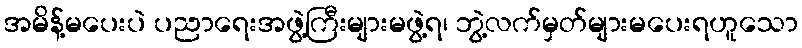
အမိန့်မပေးပဲ ပညာရေးအဖွဲ့ကြီးများမဖွဲ့ရ၊ ဘွဲ့လက်မှတ်များမပေးရဟူသော